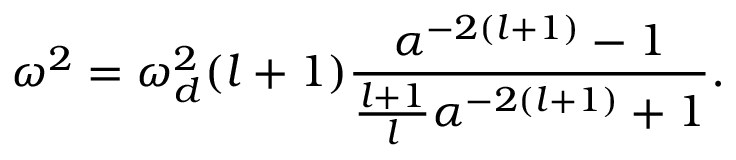
\omega ^ { 2 } = \omega _ { d } ^ { 2 } ( l + 1 ) \frac { \alpha ^ { - 2 ( l + 1 ) } - 1 } { \frac { l + 1 } { l } \alpha ^ { - 2 ( l + 1 ) } + 1 } .